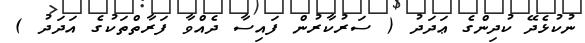
ނުކުޅެދޭ ކުދިންގެ ޢަދަދު ( ސަރުކާރުން ފައިސާ ދެއްވާ ފަރާތްތަކުގެ އަދަދު )